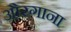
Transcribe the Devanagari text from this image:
औरगाना